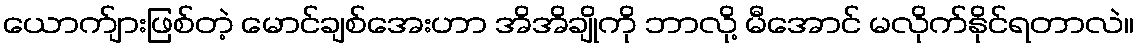
ယောက်ျားဖြစ်တဲ့ မောင်ချစ်အေးဟာ အိအိချိုကို ဘာလို့ မီအောင် မလိုက်နိုင်ရတာလဲ။